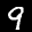
Label: 9